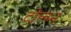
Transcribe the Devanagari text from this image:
टोल्म्न